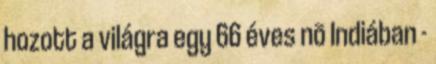
hozott a világra egy 66 éves nõ Indiában -